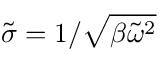
\widetilde { \sigma } = 1 / \sqrt { \beta \widetilde { \omega } ^ { 2 } }